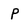
Character: P